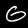
Digit: 6